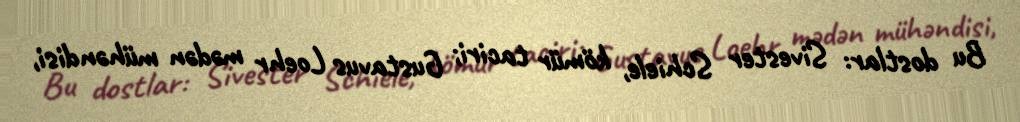
Bu dostlar: Sivester Schiele, kömür taciri; Gustavus Loehr mədən mühəndisi,